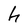
Character: h